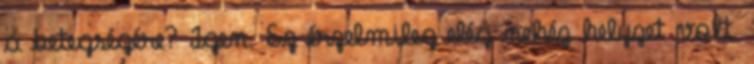
a betegségére? Igen. Ez érzelmileg elég nehéz helyzet volt.